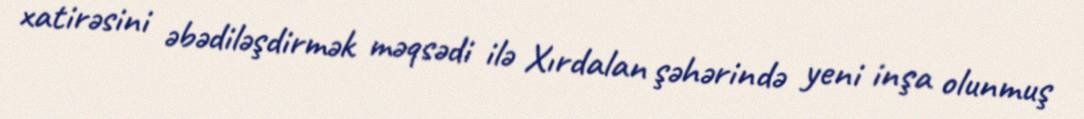
xatirəsini əbədiləşdirmək məqsədi ilə Xırdalan şəhərində yeni inşa olunmuş